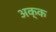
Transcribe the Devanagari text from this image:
अक्क